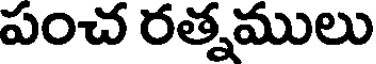
పంచ రత్నములు